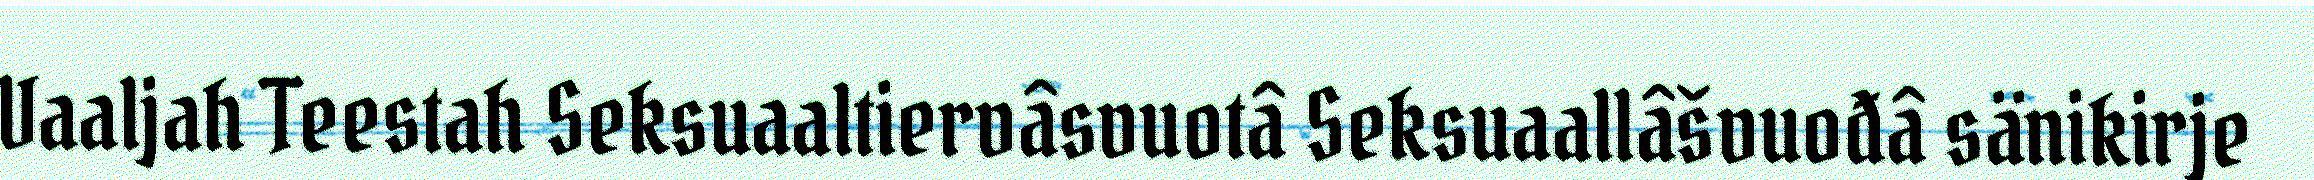
Vaaljah Teestah Seksuaaltiervâsvuotâ Seksuaallâšvuođâ sänikirje